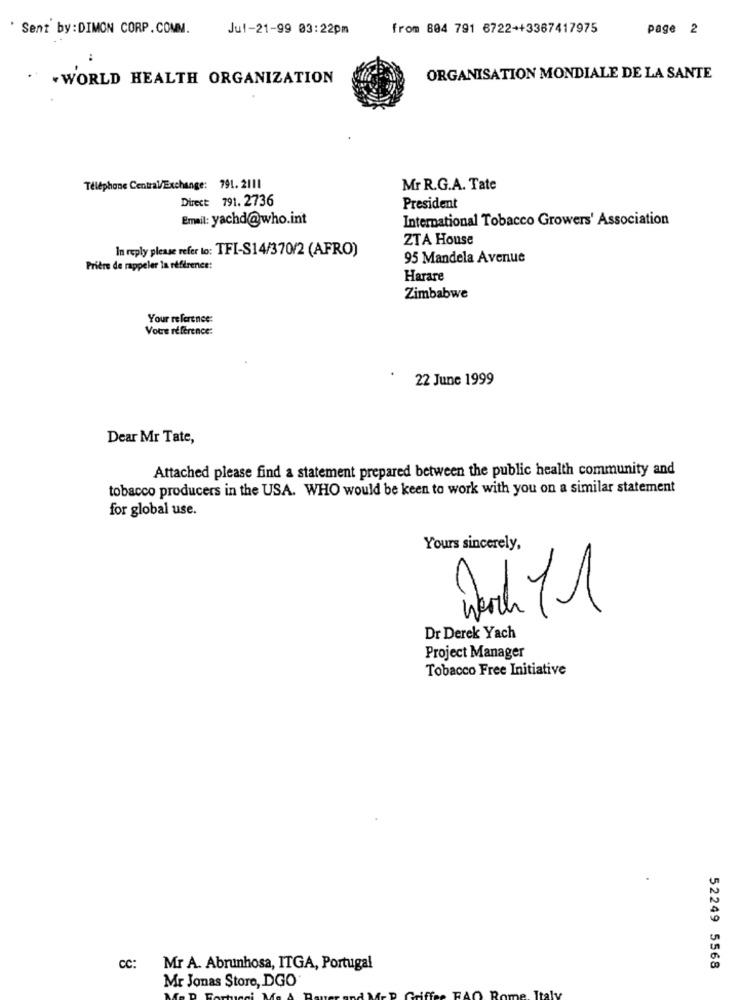
Sent by:DIMON CORP.COMM.
Jul-21-99 03:22pm
from 804 791 6722++3367417975
page 2
. . WORLD HEALTH ORGANIZATION
ORGANISATION MONDIALE DE LA SANTE
Téléphone Central/Exchange: 791. 2111
Mr R.G.A. Tate
Direct 791.2736
President
Email: yachd@who.int
International Tobacco Growers' Association
ZTA House
In reply please refer to: TFI-S14/370/2 (AFRO)
95 Mandela Avenue
Prière de rappeler la référence:
Harare
Zimbabwe
Your reference:
Votre référence:
22 June 1999
Dear Mr Tate,
Attached please find a statement prepared between the public health community and
tobacco producers in the USA. WHO would be keen to work with you on a similar statement
for global use.
Yours sincerely,
March 11
Dr Derek Yach
Project Manager
Tobacco Free Initiative
cc:
Mr A. Abrunhosa, ITGA, Portugal
52249 5568
Mr Jonas Store, DGO
Rome, Italy
FAC